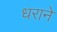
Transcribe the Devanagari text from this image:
धराने